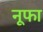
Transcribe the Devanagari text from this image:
नूफा